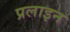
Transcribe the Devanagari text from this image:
प्रलाइन